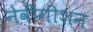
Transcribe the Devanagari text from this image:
नेवीगीशन